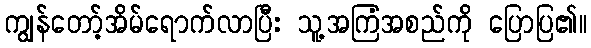
ကျွန်တော့်အိမ်ရောက်လာပြီး သူ့အကြံအစည်ကို ပြောပြ၏။